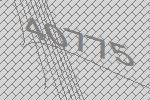
40775